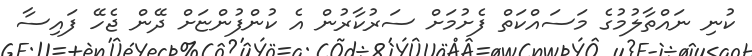
ކުނި ނައްތާލުމުގެ މަސައްކަތް ފެށުމަށް ސަރުކާރުން އެ ކުންފުންޏަށް ދޭން ޖެހޭ ފައިސާ